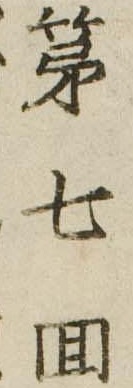
第七回